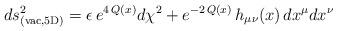
LaTeX: \begin{align*}ds^2_{\rm (vac,5D)} = \epsilon\,e^{4\,Q(x)}d\chi^2+e^{-2\,Q(x)}\,h_{\mu\nu}(x)\,dx^{\mu}dx^{\nu}\end{align*}